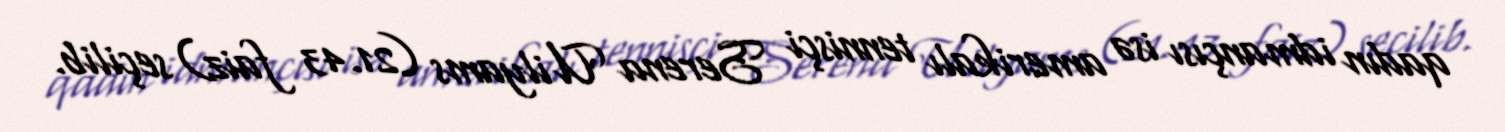
qadın idmançısı isə amerikalı tennisçi Serena Uilyams (21.43 faiz) seçilib.